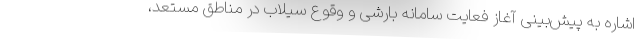
اشاره به پیش‌بینی آغاز فعایت سامانه بارشی و وقوع سیلاب در مناطق مستعد،